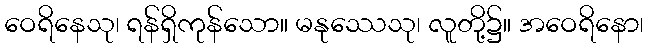
ဝေရိနေသု၊ ရန်ရှိကုန်သော။ မနုဿေသု၊ လူတို့၌။ အဝေရိနော၊